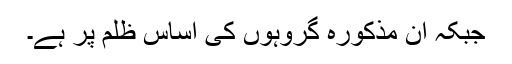
جبکہ ان مذکورہ گروہوں کی اساس ظلم پر ہے۔